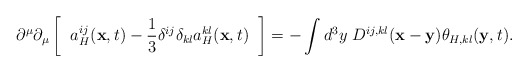
\begin{align*}\partial^{\mu}\partial_{\mu}\left [\;\; a_H^{ij}({\bf x},t)-\frac{1}{3}\delta^{ij}\delta_{kl}a_H^{kl}({\bf x},t)\;\;\right ]=-\int d^3y\;D^{ij,kl}({\bf x}-{\bf y})\theta_{H,kl}({\bf y},t).\end{align*}